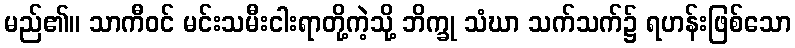
မည်၏။ သာကီဝင် မင်းသမီးငါးရာတို့ကဲ့သို့ ဘိက္ခု သံဃာ သက်သက်၌ ရဟန်းဖြစ်သော